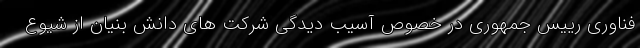
فناوری رییس جمهوری در خصوص آسیب دیدگی شرکت های دانش بنیان از شیوع